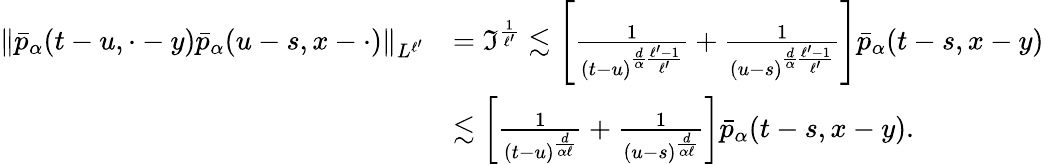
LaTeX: \begin{array}{rl}{\Vert\bar{p}_{\alpha}(t-u,\cdot-y)\bar{p}_{\alpha}(u-s,x-\cdot)\Vert_{L^{\ell^{\prime}}}}&{=\mathfrak{I}^{\frac{1}{\ell^{\prime}}}\lesssim\left[\frac{1}{(t-u)^{\frac{d}{\alpha}\frac{\ell^{\prime}-1}{\ell^{\prime}}}}+\frac{1}{(u-s)^{\frac{d}{\alpha}\frac{\ell^{\prime}-1}{\ell^{\prime}}}}\right]\bar{p}_{\alpha}(t-s,x-y)}\\ &{\lesssim\left[\frac{1}{(t-u)^{\frac{d}{\alpha\ell}}}+\frac{1}{(u-s)^{\frac{d}{\alpha\ell}}}\right]\bar{p}_{\alpha}(t-s,x-y).}\end{array}